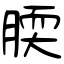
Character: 腝